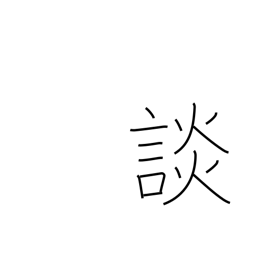
Meaning: discuss